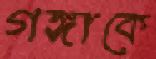
গঙ্গাকে